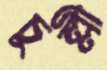
চুল্লী